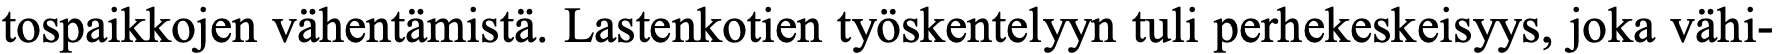
tospaikkojen vähentämistä. Lastenkotien työskentelyyn tuli perhekeskeisyys, joka vähi-